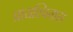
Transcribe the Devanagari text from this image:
प्रायश्चित्तास